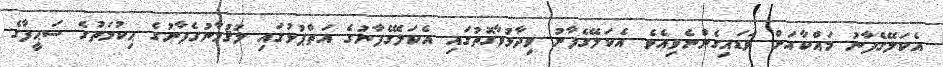
އެކަލޭގެފާނު މައްކާއަށް ވަޑައިގެންނެވިއެވެ. އެކަލޭގެފާނު ވިދާޅުވާގޮތުގައި އެކަލޭގެފާނުގެ އަތްޕުޅުގައި ލުޤުމާނުގެފާނުގެ ޙިކުމަތުގެ ސަޙީފާގެ